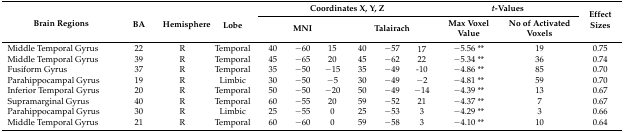
| <ROWSPAN=2> Brain Regions | <ROWSPAN=2> BA | <ROWSPAN=2> Hemisphere | <ROWSPAN=2> Lobe | <COLSPAN=6> Coordinates X, Y, Z | <COLSPAN=2> t-Values | <ROWSPAN=2> Effect Sizes |
 | <COLSPAN=3> MNI | <COLSPAN=3> Talairach | Max Voxel Value | No of Activated Voxels |
 | --- | --- | --- | --- | --- | --- | --- | --- | --- | --- | --- | --- | --- |
 | Middle Temporal Gyrus | 22 | R | Temporal | 40 | −60 | 15 | 40 | −57 | 17 | −5.56 ** | 19 | 0.75 |
 | Middle Temporal Gyrus | 39 | R | Temporal | 45 | −65 | 20 | 45 | −62 | 22 | −5.34 ** | 36 | 0.74 |
 | Fusiform Gyrus | 37 | R | Temporal | 35 | −50 | −15 | 35 | −49 | -10 | −4.86 ** | 85 | 0.70 |
 | Parahippocampal Gyrus | 19 | R | Limbic | 30 | −50 | −5 | 30 | −49 | −2 | −4.81 ** | 59 | 0.70 |
 | Inferior Temporal Gyrus | 20 | R | Temporal | 50 | −50 | −20 | 50 | −49 | −14 | −4.39 ** | 13 | 0.67 |
 | Supramarginal Gyrus | 40 | R | Temporal | 60 | −55 | 20 | 59 | −52 | 21 | −4.37 ** | 7 | 0.67 |
 | Parahippocampal Gyrus | 30 | R | Limbic | 25 | −55 | 0 | 25 | −53 | 3 | −4.29 ** | 3 | 0.66 |
 | Middle Temporal Gyrus | 21 | R | Temporal | 60 | −60 | 0 | 59 | −58 | 3 | −4.10 ** | 10 | 0.64 |